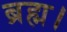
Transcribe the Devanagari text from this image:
ब्रह्म।